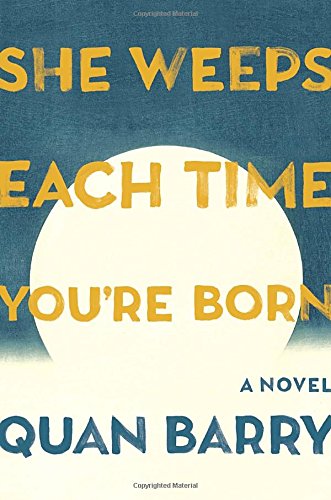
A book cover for She Weeps Each Time You're Born: A Novel; Quan Barry; Literature & Fiction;